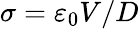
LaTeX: \sigma=\varepsilon_{0}V/D